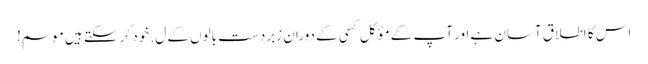
اس کا اطلاق آسان ہے اور آپ کے مؤکل کسی کے دوران زبردست بالوں کے ل. خود کر سکتے ہیں موسم!